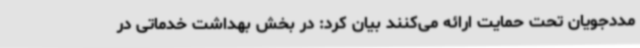
مددجویان تحت حمایت ارائه می‌کنند بیان کرد: در بخش بهداشت خدماتی در